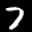
Label: 7